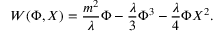
W ( \Phi , X ) = \frac { m ^ { 2 } } { \lambda } \Phi - \frac { \lambda } { 3 } \Phi ^ { 3 } - \frac { \lambda } { 4 } \Phi X ^ { 2 } .